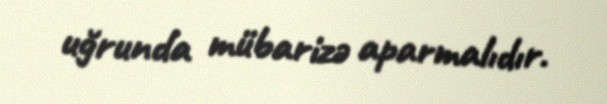
uğrunda mübarizə aparmalıdır.